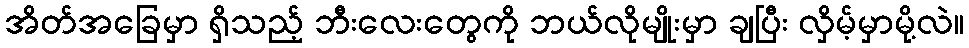
အိတ်အခြေမှာ ရှိသည့် ဘီးလေးတွေကို ဘယ်လိုမျိုးမှာ ချပြီး လှိမ့်မှာမို့လဲ။